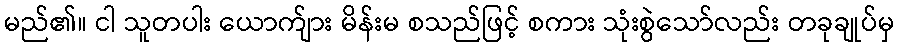
မည်၏။ ငါ သူတပါး ယောက်ျား မိန်းမ စသည်ဖြင့် စကား သုံးစွဲသော်လည်း တခုချုပ်မှ